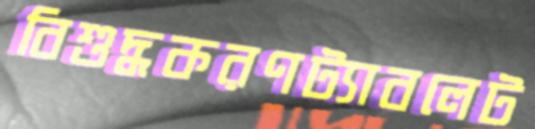
বিশুদ্ধকরণট্যাবলেট